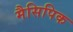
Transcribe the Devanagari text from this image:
मैसिपिक